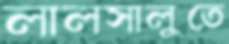
লালসালুতে